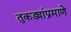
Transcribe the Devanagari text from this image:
तुकड्यांप्रमाणे